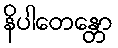
နိပါတေန္တော